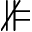
\nVDash